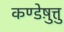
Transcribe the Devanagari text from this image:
कण्डेष़ुत्तु